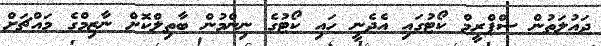
ދައުލަތުން ސްޕްރީމް ކޯޓުގައި އެދެނީ ހައި ކޯޓުގެ ނިންމުން ބާތިލްކޮށް ނާޒިމްގެ މައްޗަށް